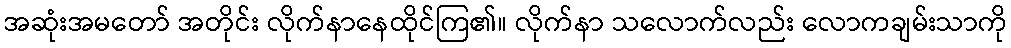
အဆုံးအမတော် အတိုင်း လိုက်နာနေထိုင်ကြ၏။ လိုက်နာ သလောက်လည်း လောကချမ်းသာကို